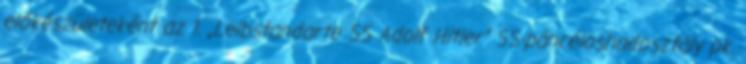
előkészületeként az 1. „Leibstandarte SS Adolf Hitler” SS-páncéloshadosztály pk.